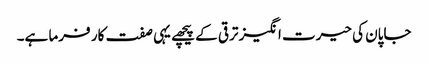
جاپان کی حیرت انگیز ترقی کے پیچھے یہی صفت کار فرما ہے۔